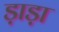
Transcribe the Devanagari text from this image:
ड़ाड़ा